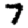
Digit: 7